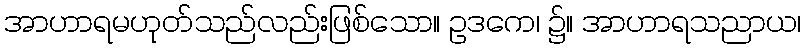
အာဟာရမဟုတ်သည်လည်းဖြစ်သော။ ဥဒကေ၊ ၌။ အာဟာရသညာယ၊